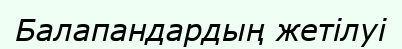
Балапандардың жетілуі